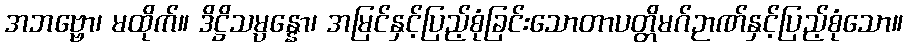
အဘဗ္ဗော၊ မထိုက်။ ဒိဋ္ဌိသမ္ပန္နော၊ အမြင်နှင့်ပြည့်စုံခြင်းသောတာပတ္တိမဂ်ဉာဏ်နှင့်ပြည့်စုံသော။